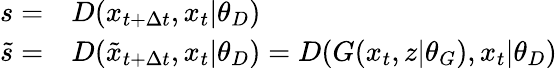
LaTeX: \begin{array}{rl}{s=}&{{}D(x_{t+\Delta t},x_{t}|\theta_{D})}\\ {\tilde{s}=}&{{}D(\tilde{x}_{t+\Delta t},x_{t}|\theta_{D})=D(G(x_{t},z|\theta_{G}),x_{t}|\theta_{D})}\end{array}